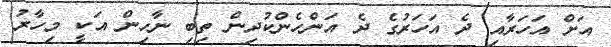
އަށް އަހަރާއި ދެ އަހަރުގެ ދެ އަންހެންކުދިން ތިބި ނާހިން އަކީ މިހާރު